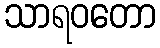
သာရဝတော